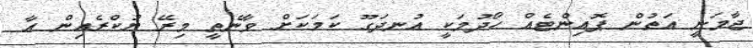
ޖާމަނީ އަތުން ޕޮއިންޓެއް ހޯދުމަކީ އުނދަގޫ ކަމަކަށް ވާނެތީ މިރޭ ޔުކްރެއިން އާ